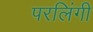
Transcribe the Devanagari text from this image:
परलिंगी